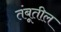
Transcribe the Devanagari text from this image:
तंबूतील